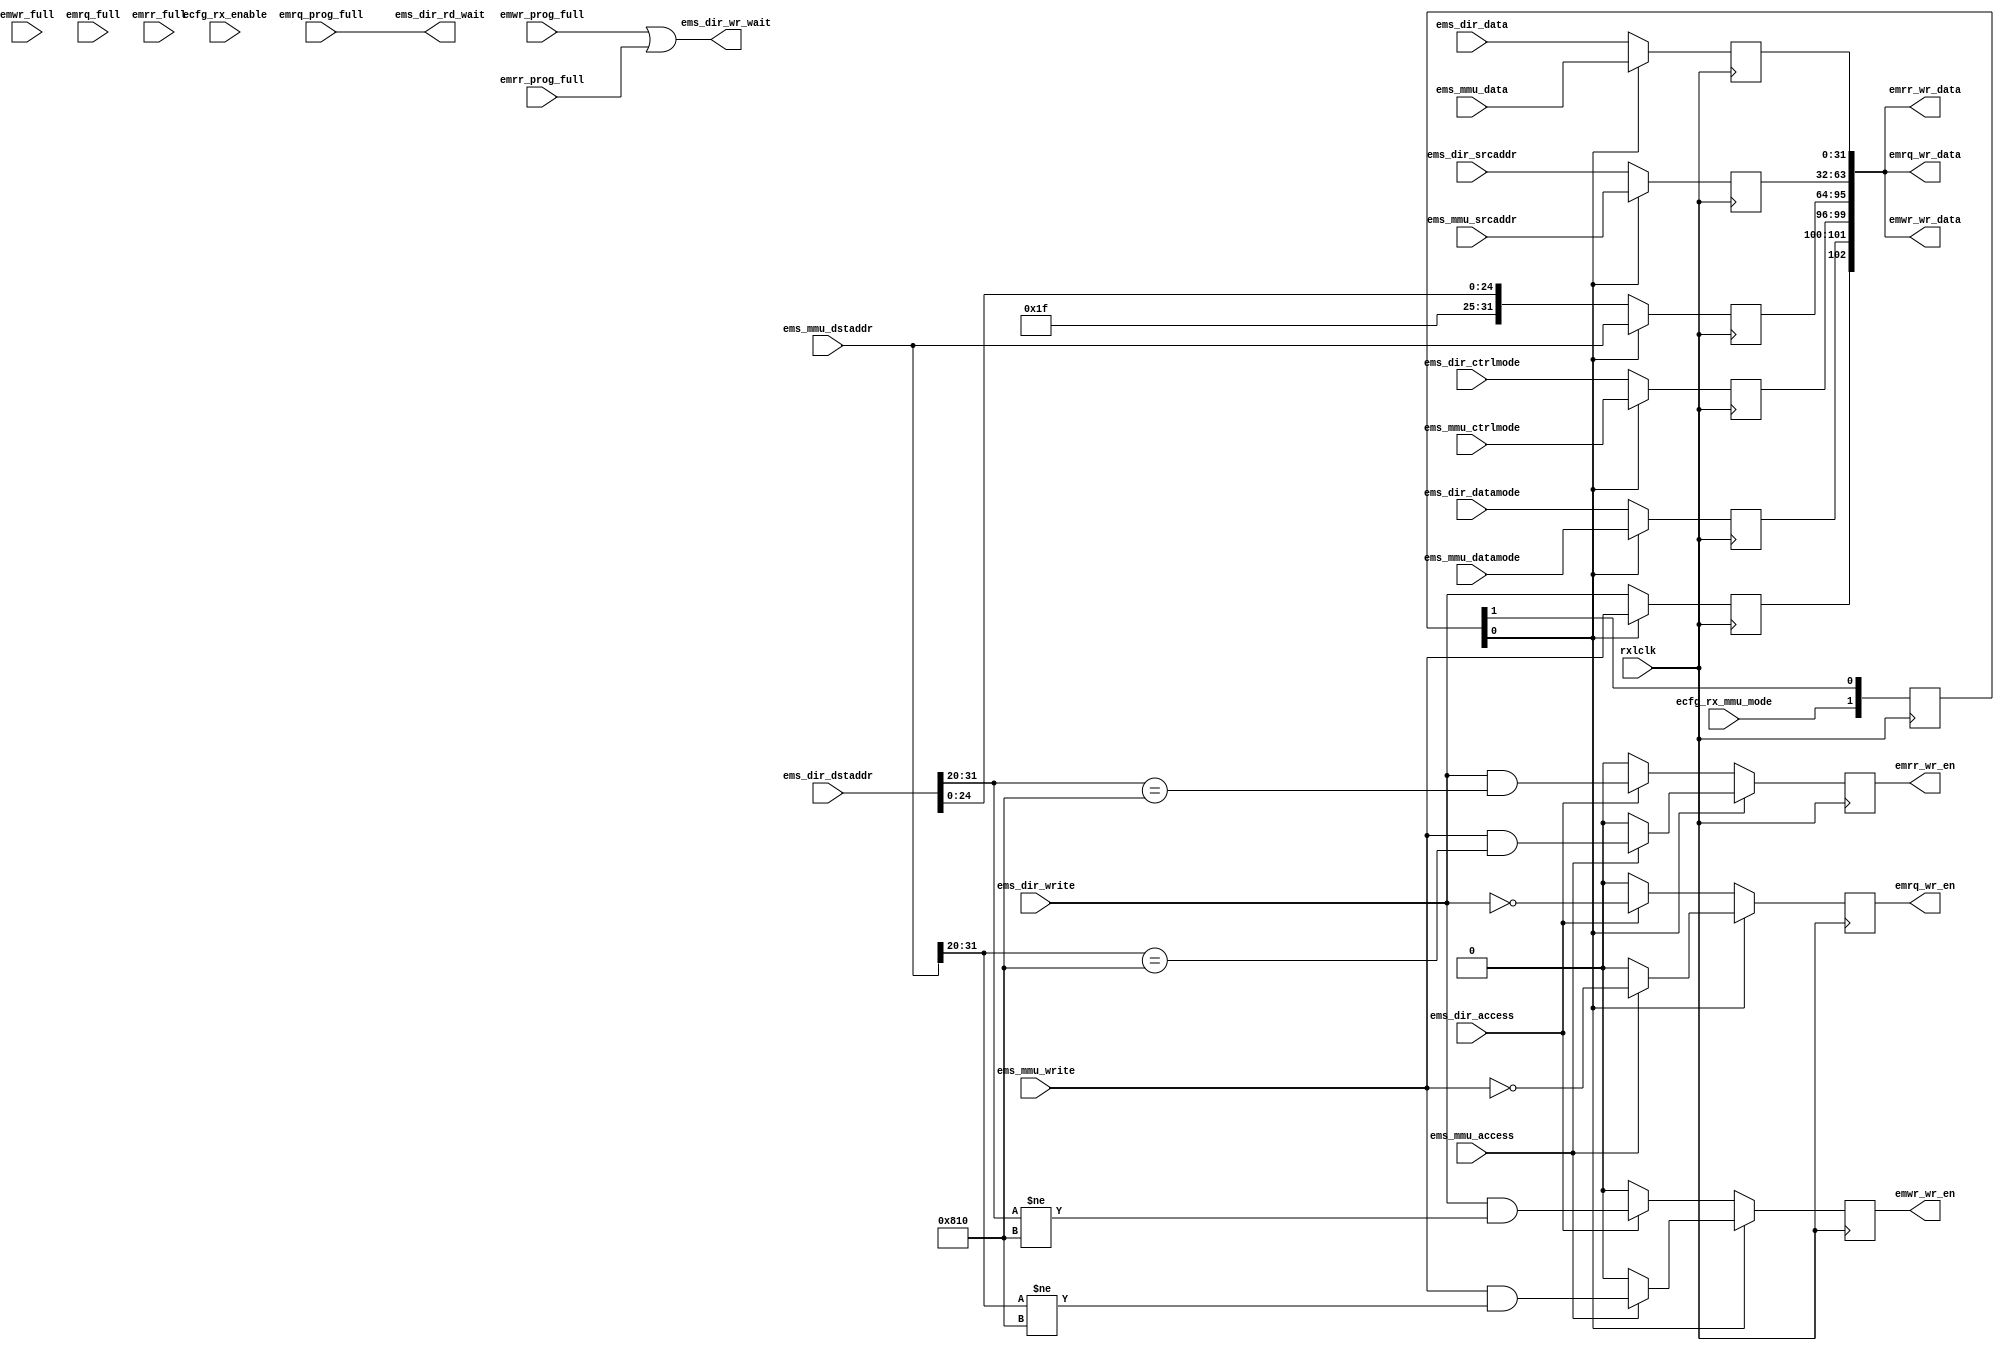
module edistrib (
   ems_dir_rd_wait, ems_dir_wr_wait, emwr_wr_data, emwr_wr_en,
   emrq_wr_data, emrq_wr_en, emrr_wr_data, emrr_wr_en,
   rxlclk, ems_dir_access, ems_dir_write, ems_dir_datamode,
   ems_dir_ctrlmode, ems_dir_dstaddr, ems_dir_srcaddr, ems_dir_data,
   ems_mmu_access, ems_mmu_write, ems_mmu_datamode, ems_mmu_ctrlmode,
   ems_mmu_dstaddr, ems_mmu_srcaddr, ems_mmu_data, emwr_full,
   emwr_prog_full, emrq_full, emrq_prog_full, emrr_full,
   emrr_prog_full, ecfg_rx_enable, ecfg_rx_mmu_mode
   );
   parameter [11:0]  C_READ_TAG_ADDR = 12'h810;
   parameter         C_REMAP_BITS = 7;
   parameter [31:0]  C_REMAP_ADDR = 32'h3E000000;
   input         rxlclk;
   input         ems_dir_access;
   input         ems_dir_write;
   input [1:0]   ems_dir_datamode;
   input [3:0]   ems_dir_ctrlmode;
   input [31:0]  ems_dir_dstaddr;
   input [31:0]  ems_dir_srcaddr;
   input [31:0]  ems_dir_data;
   output        ems_dir_rd_wait;
   output        ems_dir_wr_wait;
   input         ems_mmu_access;
   input         ems_mmu_write;
   input [1:0]   ems_mmu_datamode;
   input [3:0]   ems_mmu_ctrlmode;
   input [31:0]  ems_mmu_dstaddr;
   input [31:0]  ems_mmu_srcaddr;
   input [31:0]  ems_mmu_data;
   output [102:0] emwr_wr_data;
   output         emwr_wr_en;
   input          emwr_full;       
   input          emwr_prog_full;
   output [102:0] emrq_wr_data;
   output         emrq_wr_en;
   input          emrq_full;
   input          emrq_prog_full;
   output [102:0] emrr_wr_data;
   output         emrr_wr_en;
   input          emrr_full;
   input          emrr_prog_full;
   input          ecfg_rx_enable;
   input          ecfg_rx_mmu_mode;
   reg [1:0]      rxmmu_sync;
   wire           rxmmu = rxmmu_sync[0];
   reg            in_write;
   reg [1:0]      in_datamode;
   reg [3:0]      in_ctrlmode;
   reg [31:0]     in_dstaddr;
   reg [31:0]     in_srcaddr;
   reg [31:0]     in_data;
   reg            emwr_wr_en;
   reg            emrq_wr_en;
   reg            emrr_wr_en;
   wire [102:0]   fifo_din;
   wire [102:0]   emwr_wr_data;
   wire [102:0]   emrq_wr_data;
   wire [102:0]   emrr_wr_data;
   always @ (posedge rxlclk) begin
      rxmmu_sync <= {ecfg_rx_mmu_mode, rxmmu_sync[1]};
      if(rxmmu) begin
         in_write    <= ems_mmu_write;
         in_datamode <= ems_mmu_datamode;
         in_ctrlmode <= ems_mmu_ctrlmode;
         in_dstaddr  <= ems_mmu_dstaddr;
         in_srcaddr  <= ems_mmu_srcaddr;
         in_data     <= ems_mmu_data;
         if(ems_mmu_access) begin
            emrq_wr_en <= ~ems_mmu_write;
            emrr_wr_en <= ems_mmu_write & (ems_mmu_dstaddr[31:20] == C_READ_TAG_ADDR);
            emwr_wr_en <= ems_mmu_write & (ems_mmu_dstaddr[31:20] != C_READ_TAG_ADDR);
         end else begin
            emrq_wr_en <= 1'b0;
            emrr_wr_en <= 1'b0;
            emwr_wr_en <= 1'b0;
         end
      end else begin
         in_write    <= ems_dir_write;
         in_datamode <= ems_dir_datamode;
         in_ctrlmode <= ems_dir_ctrlmode;
         in_dstaddr  <= {C_REMAP_ADDR[31:(32-C_REMAP_BITS)], 
                         ems_dir_dstaddr[(31-C_REMAP_BITS):0]};
         in_srcaddr  <= ems_dir_srcaddr;
         in_data     <= ems_dir_data;
         if(ems_dir_access) begin
            emrq_wr_en <= ~ems_dir_write;
            emrr_wr_en <= ems_dir_write & (ems_dir_dstaddr[31:20] == C_READ_TAG_ADDR);
            emwr_wr_en <= ems_dir_write & (ems_dir_dstaddr[31:20] != C_READ_TAG_ADDR);
         end else begin
            emrq_wr_en <= 1'b0;
            emrr_wr_en <= 1'b0;
            emwr_wr_en <= 1'b0;
         end
      end 
   end 
   assign fifo_din = 
         {in_write,
          in_datamode,
          in_ctrlmode,
          in_dstaddr,
          in_srcaddr,
          in_data};
   assign emwr_wr_data = fifo_din;
   assign emrq_wr_data = fifo_din;
   assign emrr_wr_data = fifo_din;
   assign        ems_dir_rd_wait = emrq_prog_full;
   assign        ems_dir_wr_wait = emwr_prog_full | emrr_prog_full;
endmodule